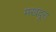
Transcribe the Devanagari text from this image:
मखदूरा